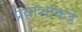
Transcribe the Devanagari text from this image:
प्रवाशांकडे